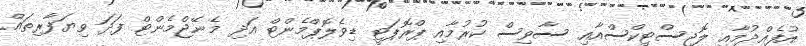
އުފެއްދުމާއި ލޮޖިސްޓިކްސްއާއި ސާވިސް ކުރުމާއި ޕްރޮޕަޓީ ޑިވެލޮޕްމެންޓް އަދި މެނޭޖްމެންޓް ފަދަ ވިޔަފާރިތައް